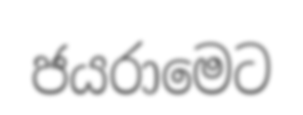
ජයරාමෙට